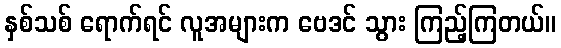
နှစ်သစ် ရောက်ရင် လူအများက ဗေဒင် သွား ကြည့်ကြတယ်။